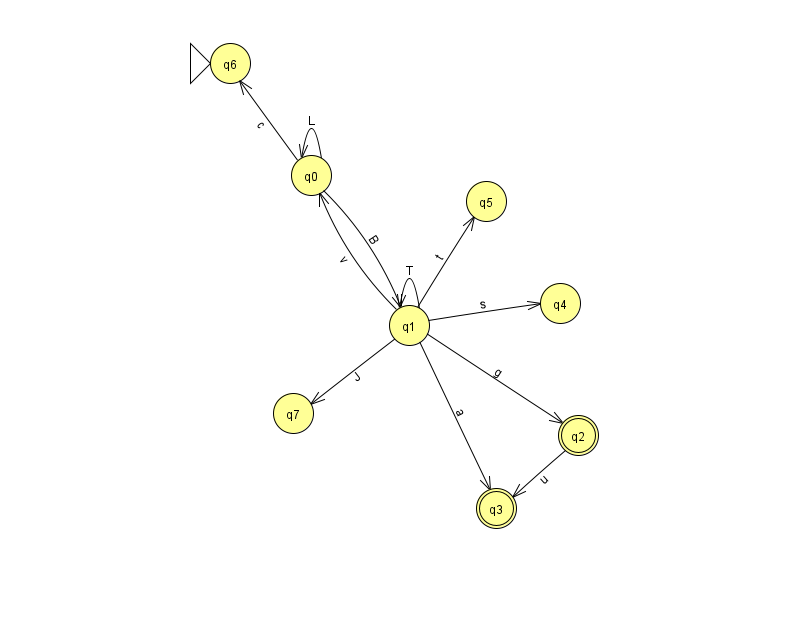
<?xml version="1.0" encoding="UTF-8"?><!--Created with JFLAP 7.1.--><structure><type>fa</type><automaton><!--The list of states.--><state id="0" name="q0"><x>311.0</x><y>162.0</y></state><state id="1" name="q1"><x>409.0</x><y>312.0</y></state><state id="2" name="q2"><x>578.0</x><y>422.0</y><final/></state><state id="3" name="q3"><x>496.0</x><y>495.0</y><final/></state><state id="4" name="q4"><x>560.0</x><y>290.0</y></state><state id="5" name="q5"><x>486.0</x><y>188.0</y></state><state id="6" name="q6"><x>230.0</x><y>50.0</y><initial/></state><state id="7" name="q7"><x>293.0</x><y>400.0</y></state><!--The list of transitions.--><transition><from>1</from><to>0</to><read>v</read></transition><transition><from>0</from><to>1</to><read>B</read></transition><transition><from>1</from><to>1</to><read>T</read></transition><transition><from>1</from><to>2</to><read>g</read></transition><transition><from>1</from><to>4</to><read>s</read></transition><transition><from>0</from><to>6</to><read>c</read></transition><transition><from>1</from><to>5</to><read>t</read></transition><transition><from>1</from><to>7</to><read>J</read></transition><transition><from>1</from><to>3</to><read>a</read></transition><transition><from>0</from><to>0</to><read>L</read></transition><transition><from>2</from><to>3</to><read>u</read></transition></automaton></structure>